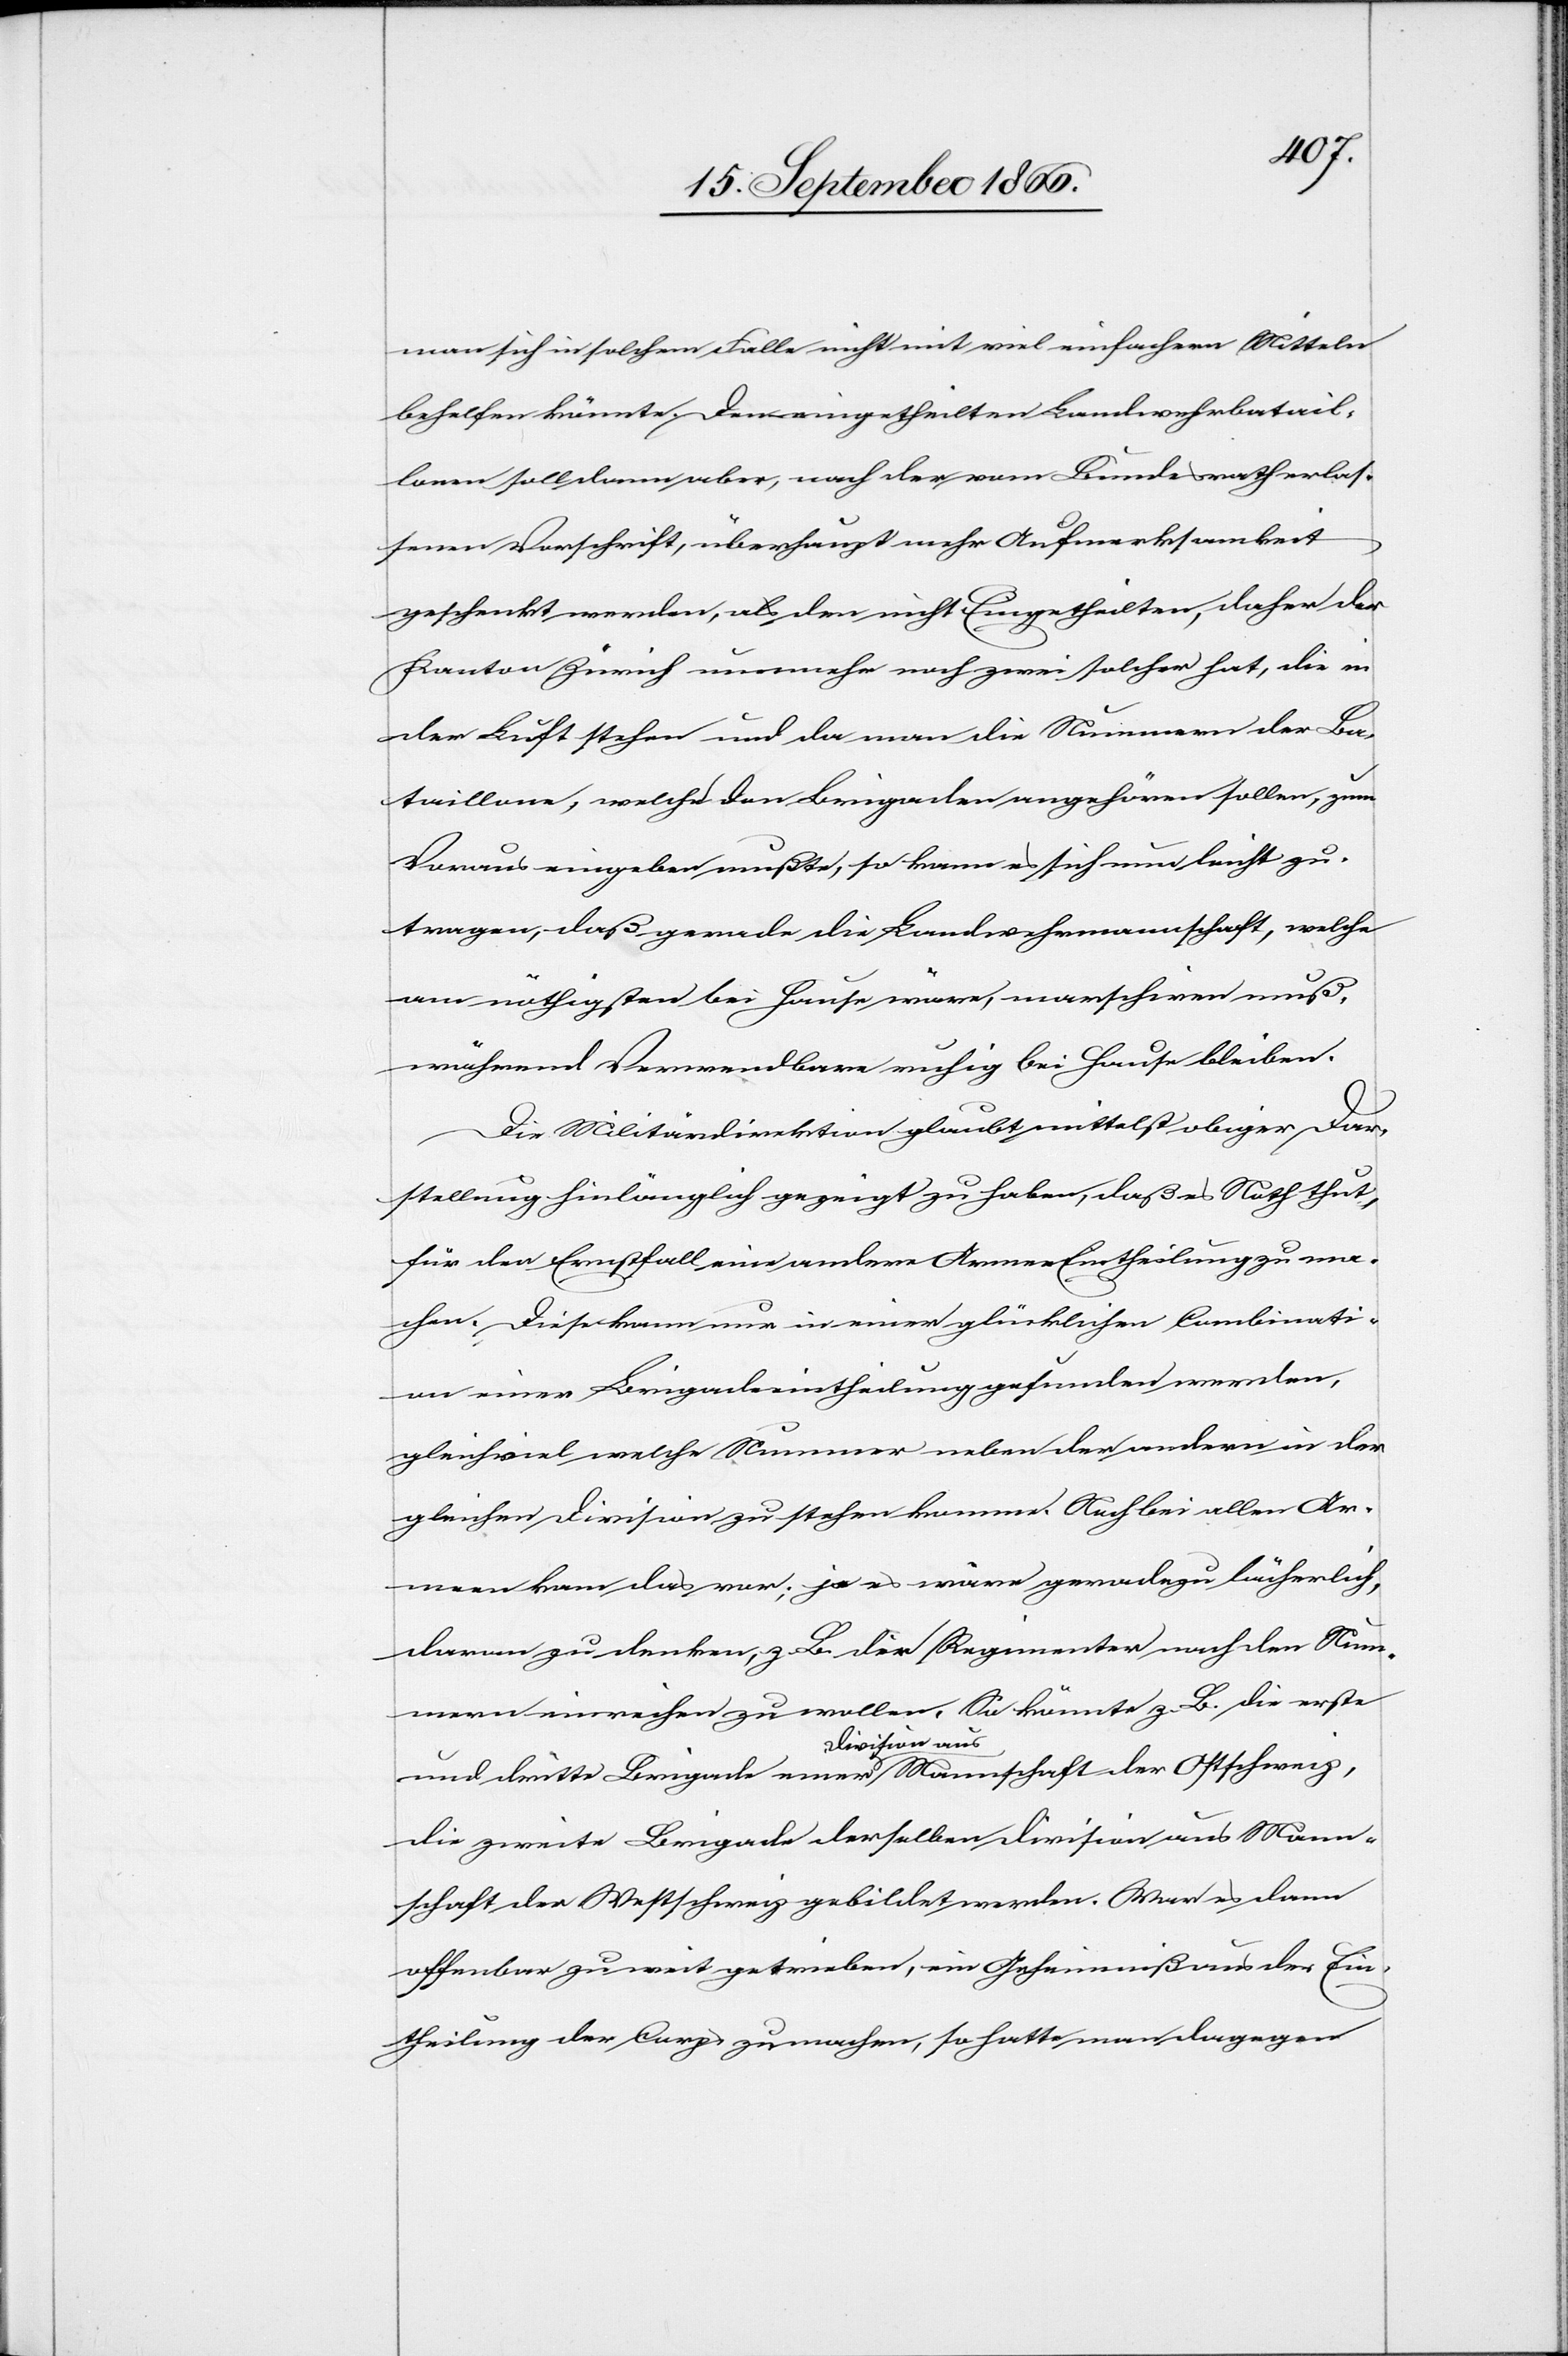
man sich in solchem Falle nicht mit viel einfachern Mitteln
behelfen könnte. Den eingetheilten Landwehrbatail¬
lonen soll dann aber, nach der vom Bundesrath erlas¬
senen Vorschrift, überhaupt mehr Aufmerksamkeit
geschenkt werden, als den nicht Eingetheilten, daher der
Kanton Zürich nunmehr noch zwei solche hat, die in
der Luft stehen und da man die Nummern der Ba¬
taillone, welche den Brigaden angehören sollen, zum
Voraus eingeben mußte, so kann es sich nun leicht zu¬
tragen, daß gerade die Landwehrmannschaft, welche
am nöthigsten bei Hause wäre, marschiren muß,
während Verwendbare ruhig bei Hause bleiben.
Die Militärdirektion glaubt mittelst obiger Dar¬
stellung hinlänglich gezeigt zu haben, daß es Noth thut,
für den Ernstfall eine andere Armee-Eintheilung zu ma¬
chen. Diese kann nur in einer glücklichen Combinati¬
on einer Brigadeeintheilung gefunden werden,
gleichviel welche Nummer neben der andern in der
gleichen Division zu stehen komme. Noch bei allen Ar¬
meen kam das vor; ja es wäre geradezu lächerlich,
daran zu denken, z. B. die Regimenter nach den Num¬
mern einreihen zu wollen. So könnte z. B. die erste
und dritte Brigade einer Division aus Mannschaft der Ostschweiz,
die zweite Brigade derselben Division aus Mann¬
schaft der Westschweiz gebildet werden. War es dann
offenbar zu weit getrieben, ein Geheimniß aus der Ein¬
theilung der Corps zu machen, so hatte man dagegen